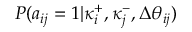
P ( a _ { i j } = 1 | \kappa _ { i } ^ { + } , \kappa _ { j } ^ { - } , \Delta \theta _ { i j } )